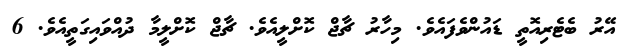
އޭރު ބެޓެރިއޮތީ ޑައުންވެފައެވެ. މިހާރު ޗާޖް ކޮށްލީއެވެ. ޗާޖް ކޮށްލީމާ ދުއްވައިގަތީއެވެ. 6